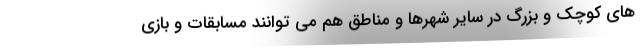
های کوچک و بزرگ در سایر شهرها و مناطق هم می توانند مسابقات و بازی